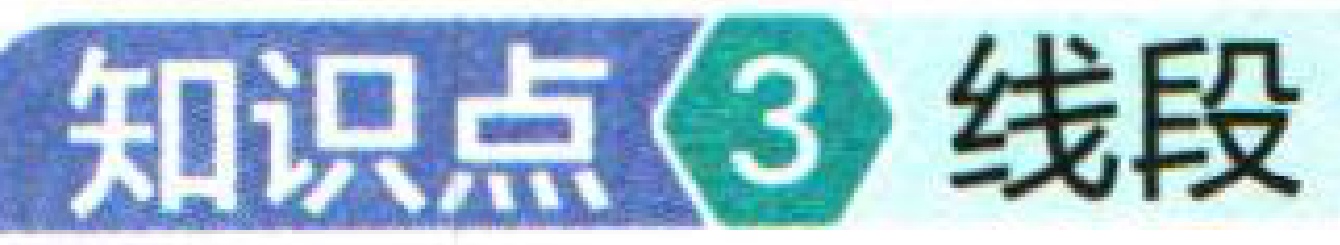
知识点\(3\) 线段